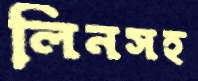
লিনসহ